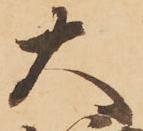
大